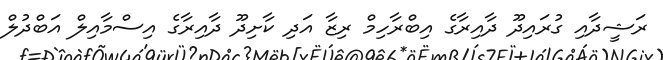
ރަޝީދާއި ގުރައިދޫ ދާއިރާގެ އިބްރާހިމް ރިޒާ އަދި ކާށިދޫ ދާއިރާގެ އިސްމާއިލް އަބްދުލް